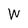
Character: W